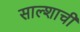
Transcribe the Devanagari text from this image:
साल्शाची